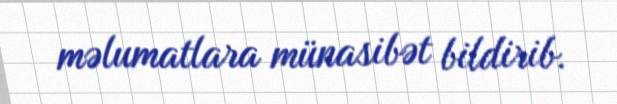
məlumatlara münasibət bildirib.